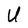
Character: U